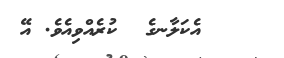
އެކަލާނގެ  ކުރެއްވިއެވެ. އޭ